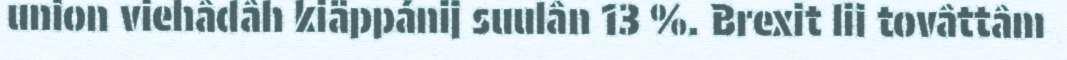
union viehâdâh kiäppánij suulân 13 %. Brexit lii tovâttâm